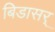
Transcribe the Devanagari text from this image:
बिडासर्